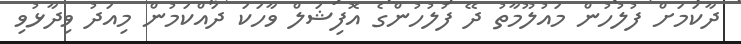
ދާކަމަށް ފުލުހުން މައުލޫމާތު ދޭ ފުލުހުންގެ އޮފިޝަލް ވާހަކަ ދައްކަމުން މިއަދު ވިދާޅުވި